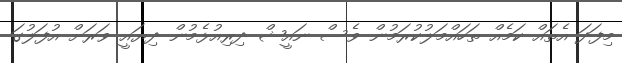
މިފަދަ އެތައް ކަމެއް ތަހައްމަލުކުރަމުން ވެސް ނައީޝް ދިރިއުޅެމުން ދިޔައީ ވަރަށް އުފަލުގަ